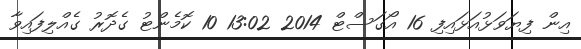
އިން ފިޔަވަޅުއަޅައިފި 16 އޯގަސްޓް 2014 13:02 10 ކޮމެންޓު ގެދޮރު ގެއްލިފައިވާ